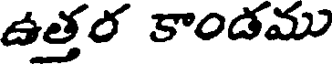
ఉత్తర కాండము